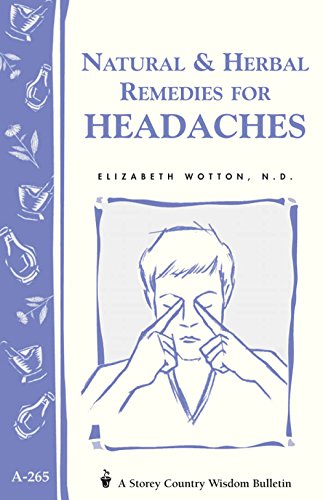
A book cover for Natural & Herbal Remedies for Headaches: Storey's Country Wisdom Bulletin A-265 (Storey Country Wisdom Bulletin, a-265); Elizabeth Wotton N.D.; Health, Fitness & Dieting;